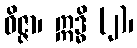
ဝိဇ္ဇာ၊ ဣဒ္ဓိ (၂)၊